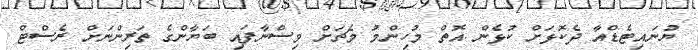
ޔުނައިޓެޑްއާ ދެކޮޅަށް ކުޅެން އޮތް މުހިންމު މެޗަށް ވިސްނާފައި ބަޔާންގެ ތަރިންނަށް ރެސްޓް